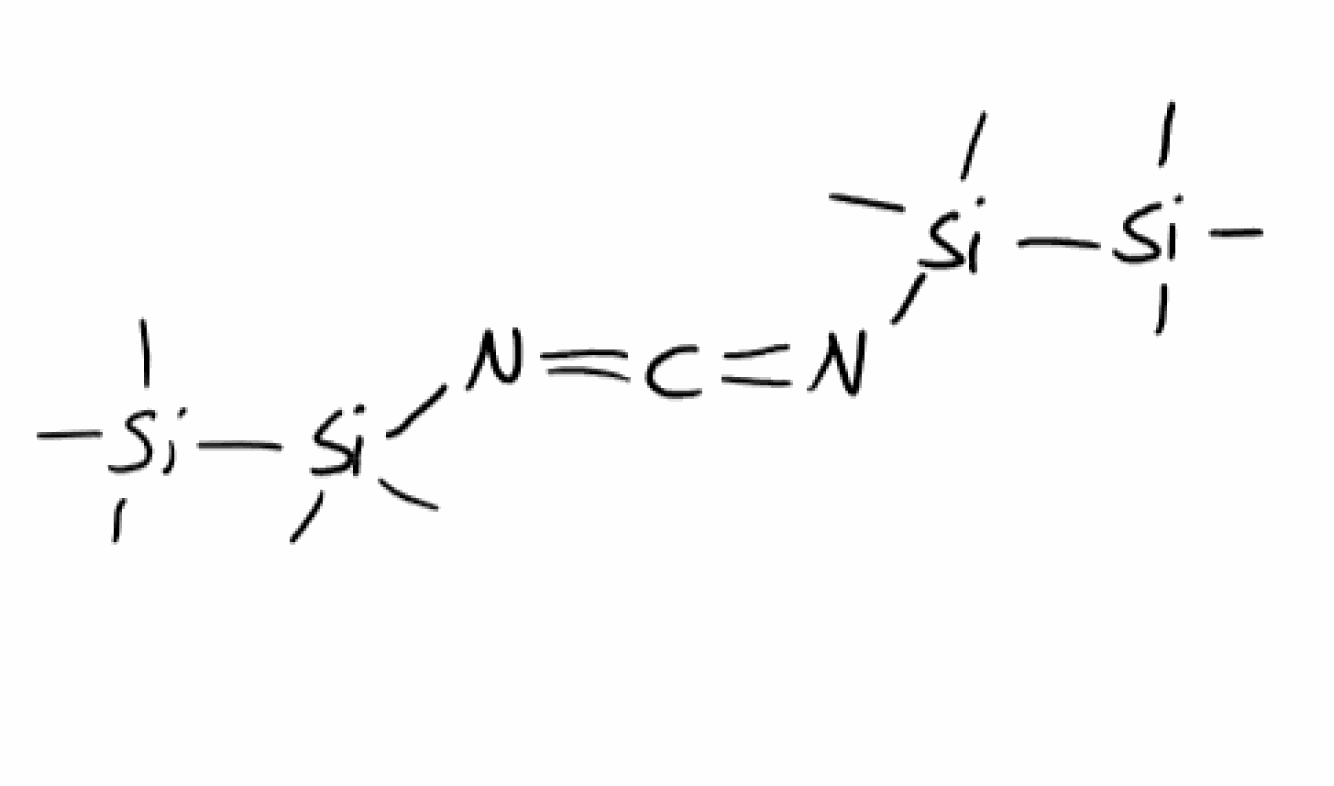
Simplified molecular-input line-entry system (SMILES) notation of the given molecule:
C[Si](C)(C)[Si](C)(C)N=C=N[Si](C)(C)[Si](C)(C)C